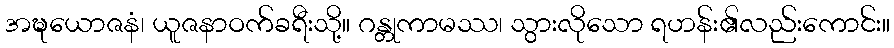
အဍ္ဎယောဇနံ၊ ယူဇနာဝက်ခရီးသို့။ ဂန္တုကာမဿ၊ သွားလိုသော ရဟန်း၏လည်းကောင်း။